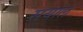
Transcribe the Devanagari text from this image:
सयाल